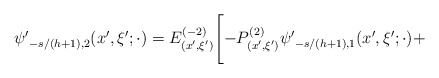
\begin{align*}{\psi'}_{-s/(h+1),2}(x',\xi';\cdot)=E^{(-2)}_{(x',\xi')}\Biggl[-P_{(x',\xi')}^{(2)}{\psi'}_{-s/(h+1),1}(x',\xi';\cdot)+\end{align*}